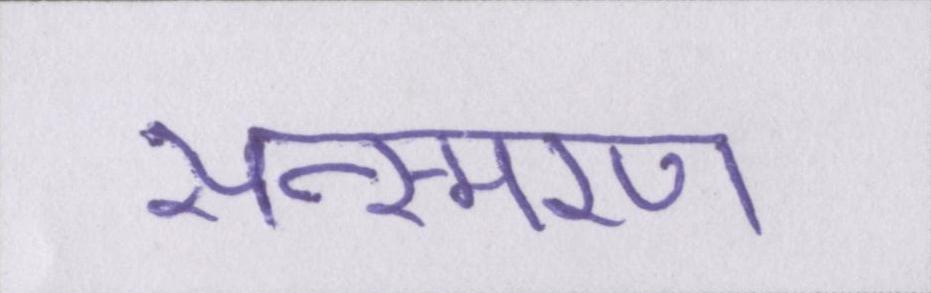
सन्स्मरण